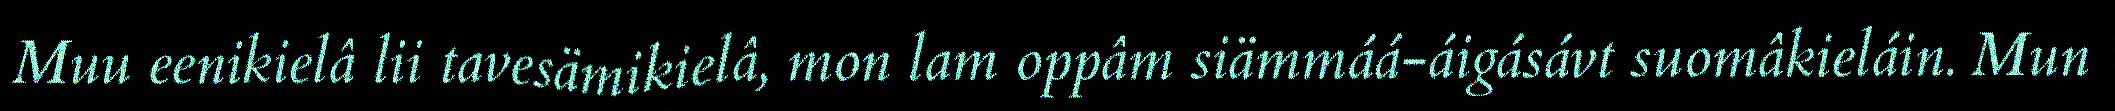
Muu eenikielâ lii tavesämikielâ, mon lam oppâm siämmáá-áigásávt suomâkieláin. Mun